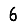
Digit: 6